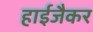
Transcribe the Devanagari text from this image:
हाईजैकर